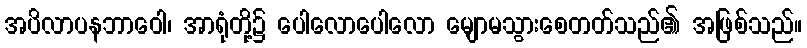
အပိလာပနဘာဝေါ၊ အာရုံတို့၌ ပေါလောပေါလော မျောမသွားစေတတ်သည်၏ အဖြစ်သည်။